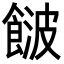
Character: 𩜤